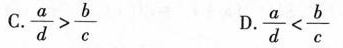
C.$$\frac { a } { d } > \frac { b } { c }$$ D.$$\frac { a } { d } < \frac { b } { c }$$